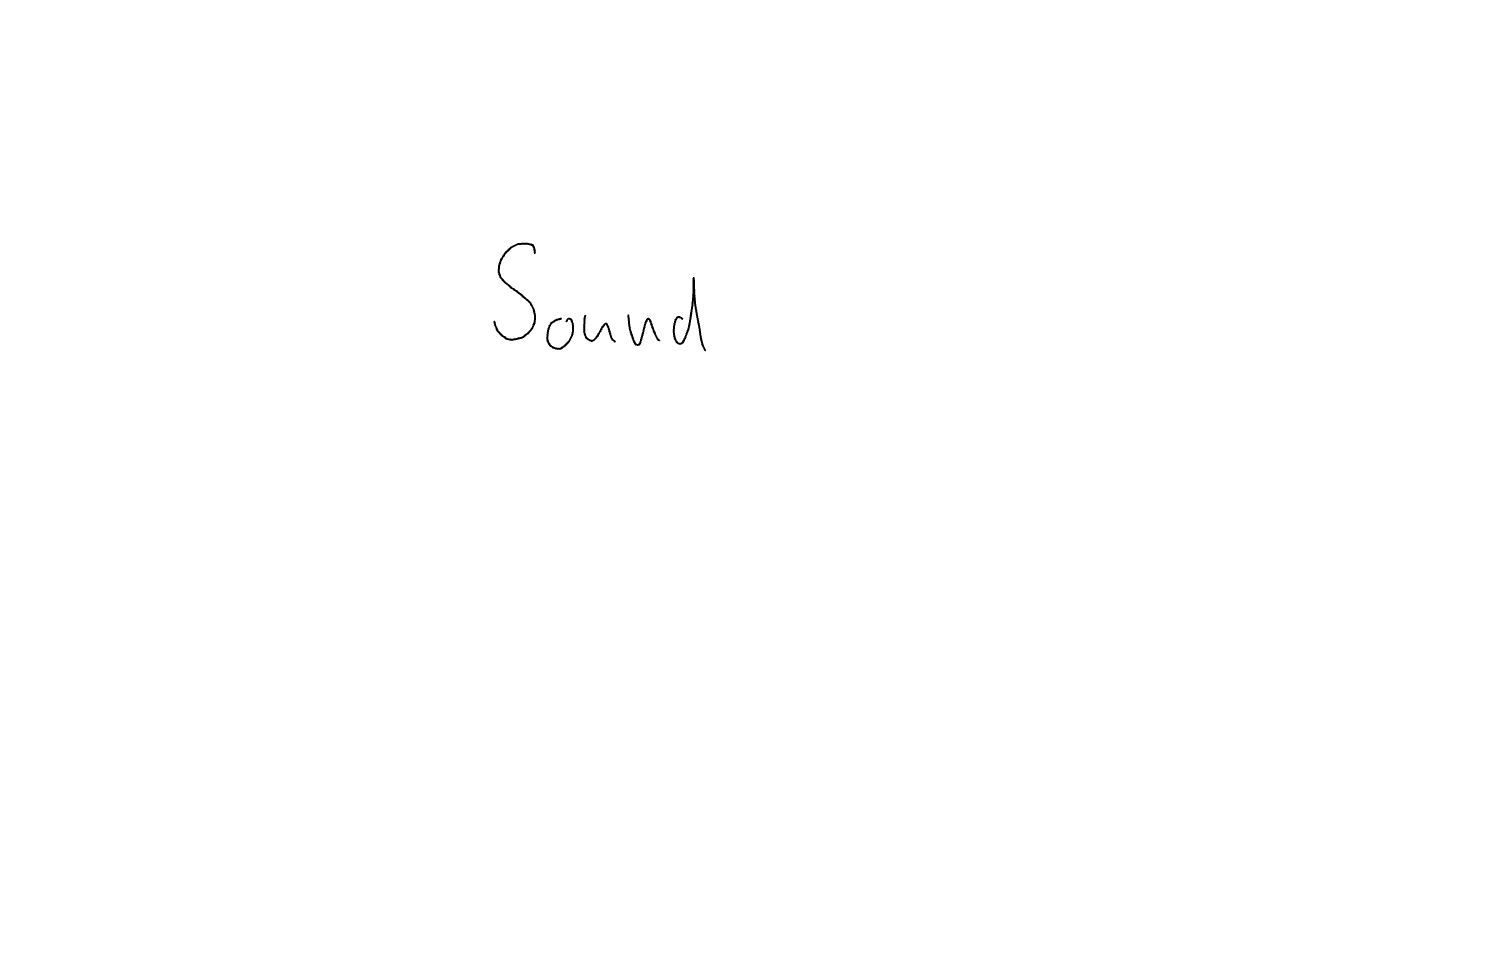
Text: Sound